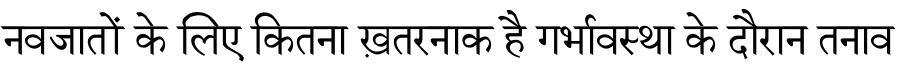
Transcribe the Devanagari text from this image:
नवजातों के लिए कितना ख़तरनाक है गर्भावस्था के दौरान तनाव